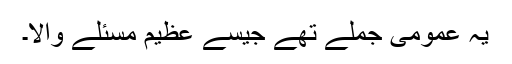
یہ عمومی جملے تھے جیسے عظیم مسئلے والا۔